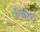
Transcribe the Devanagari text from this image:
तिरिछ